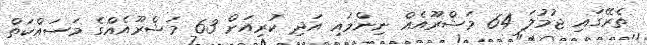
ތެރޭގައި ޖުމުލަ 64 މަޝްރޫއެއް ނިންމައި އަދި ކުރިއަށް 63 މަޝްރޫއެއްގެ މަސައްކަތް